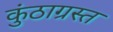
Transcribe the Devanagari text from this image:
कुंठाग्रस्त